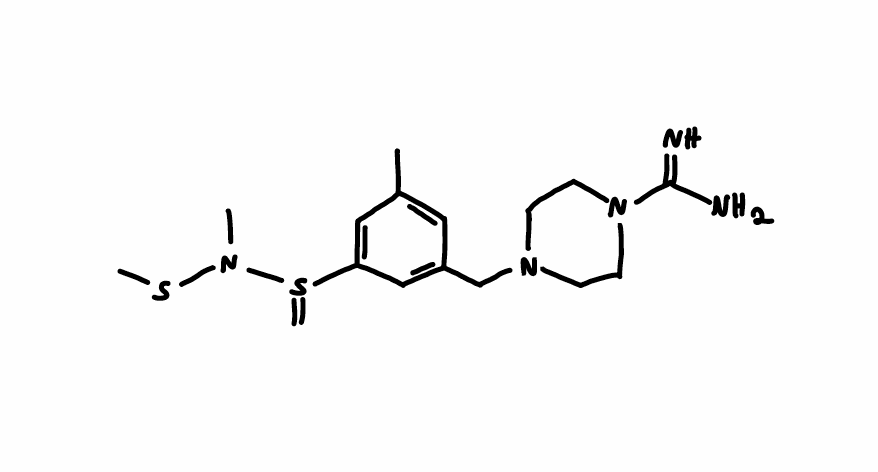
Simplified molecular-input line-entry system (SMILES) notation of the given molecule:
CC1=CC(=CC(=C1)S(=C)N(C)SC)CN2CCN(CC2)C(=N)N